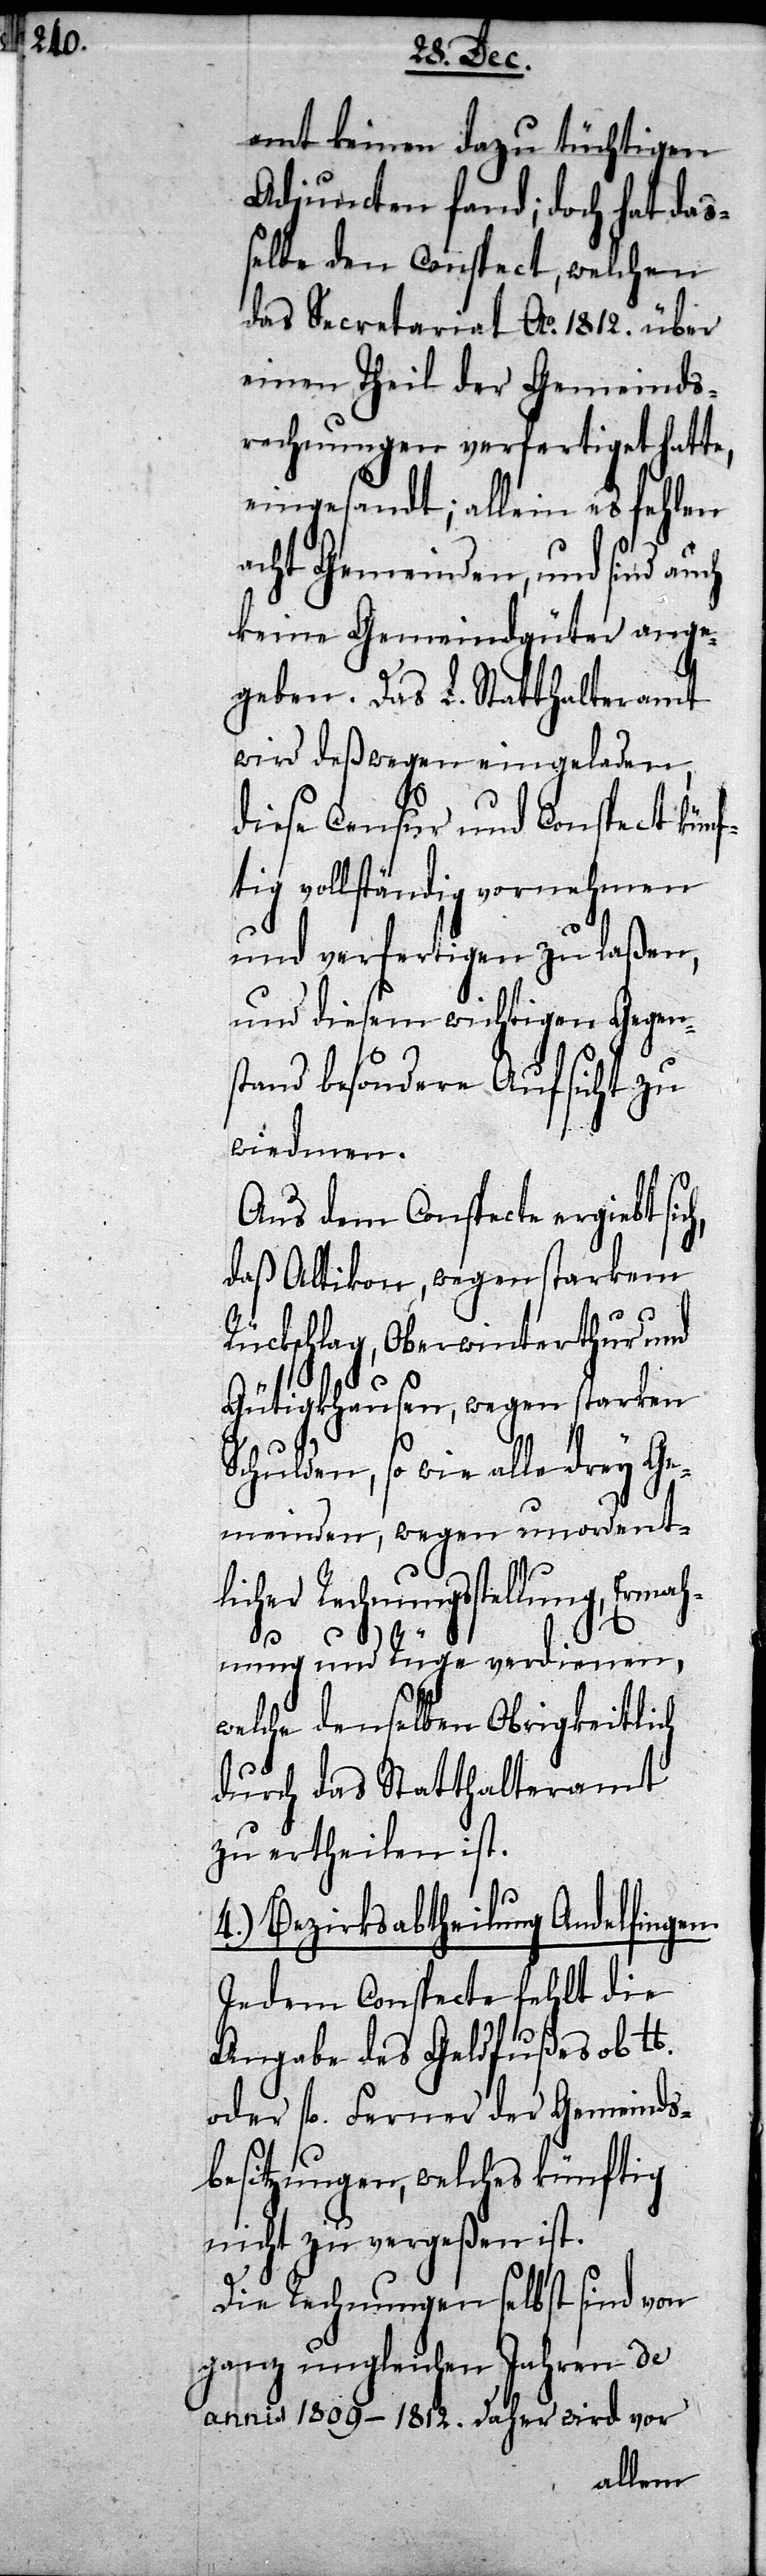
amt keinen dazu tüchtigen
Adjuncten fand; doch hat daß¬
elbe den Conspect, welchen
das Secretariat Ao. 1812 über
einen Theil der Gemeinds¬
rechnungen verfertiget hatte,
eingesandt; allein es fehlen
acht Gemeinden, und sind auch
keine Gemeindsgüter ange¬
geben. Das L. Statthalteramt
wird deßwegen eingeladen,
diese Censur und Conspect künf¬
tig vollständig vornehmen
und verfertigen zu laßen,
und diesem wichtigen Gegen¬
stand besondere Aufsicht zu
wiedmen.
Aus dem Conspecte ergiebt
daß Altikon, wegen starkem
Rückschlag, Oberwinterthur und
Gütigkhausen, wegen starken
Schulden, so wie alle drey Ge¬
meinden, wegen unordentl¬
icher Rechnungsstellung,
Ermahnung und Rüge verdienen,
welche denselben Obrigkeitlich
durch das Statthalteramt
zu ertheilen ist.
4.) Bezirksabtheilung Andelfingen.
In dem Conspecte fehlt die
Angabe des Geldfußes ob lb.
oder fl. Ferner der Gemeinds¬
besitzungen, welches künftig
nicht zu vergeßen ist.
Die Rechnungen selbst sind von
ganz ungleichen Jahren de
annis 1809–1812. Daher wird vor